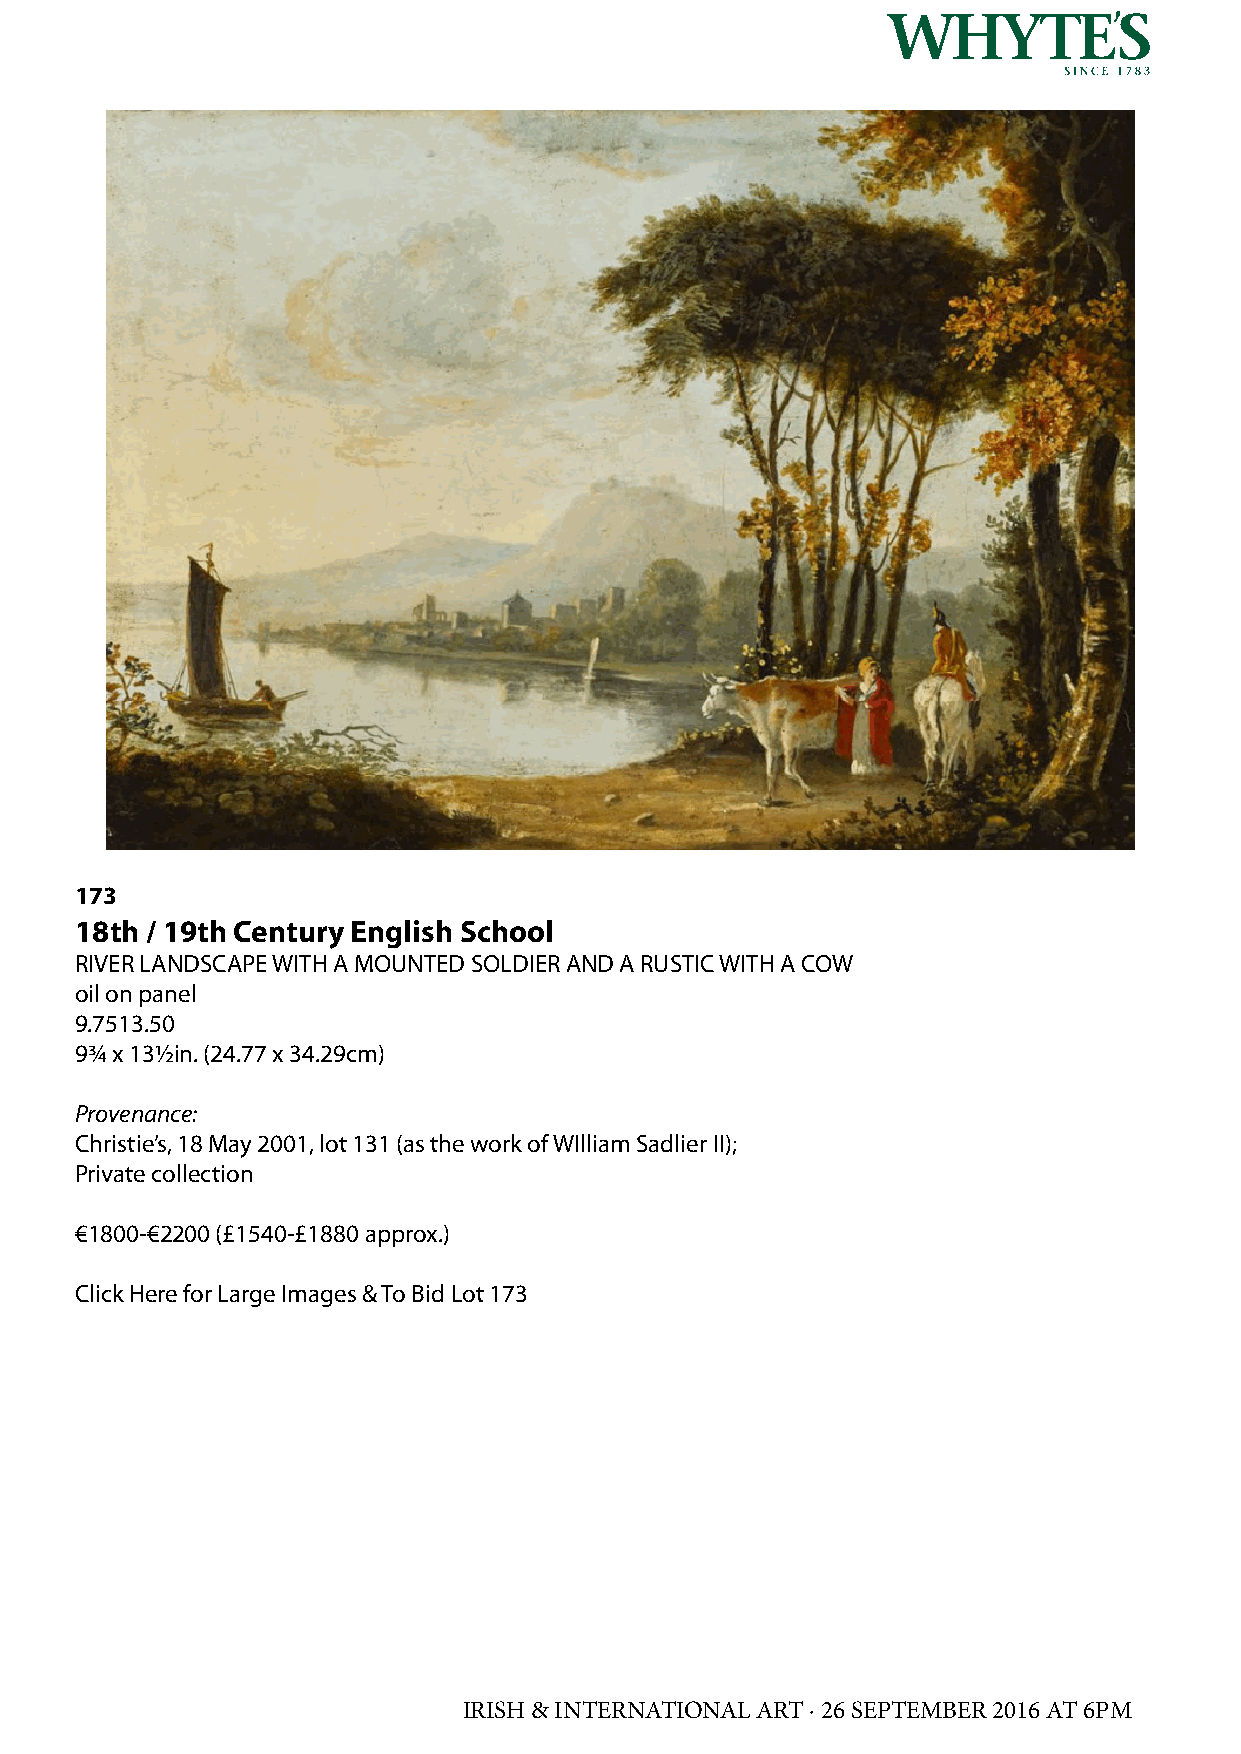
173
 18th / 19th Century English School
 RIVER LANDSCAPE WITH A MOUNTED SOLDIER AND A RUSTIC WITH A COW
 oil on panel
 9.7513.50
 9¾ x 13½in. (24.77 x 34.29cm)
 Provenance:
 Christie’s, 18 May 2001, lot 131 (as the work of WIlliam Sadlier II);
 Private collection
 €1800-€2200 (£1540-£1880 approx.)
 Click Here for Large Images & To Bid Lot 173
 IRISH & INTERNATIONAL ART · 26 SEPTEMBER 2016 AT 6PM